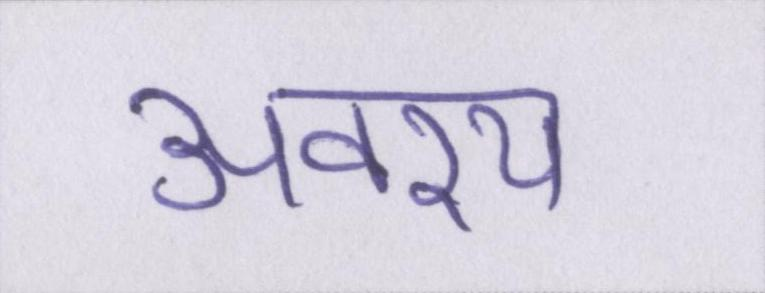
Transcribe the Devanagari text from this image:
अवश्य